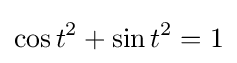
\cos t^{2}+\sin t^{2}=1